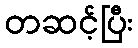
တဆင့်ပြီး